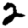
Digit: 2